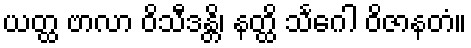
ယတ္ထ ဗာလာ ဝိသီဒန္တိ၊ နတ္ထိ သင်္ဂေါ ဝိဇာနတံ။